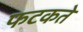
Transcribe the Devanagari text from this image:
फटकते